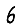
Digit: 6